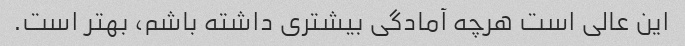
این عالی است هرچه آمادگی بیشتری داشته باشم، بهتر است.